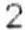
2